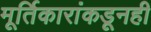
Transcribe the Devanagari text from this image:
मूर्तिकारांकडूनही